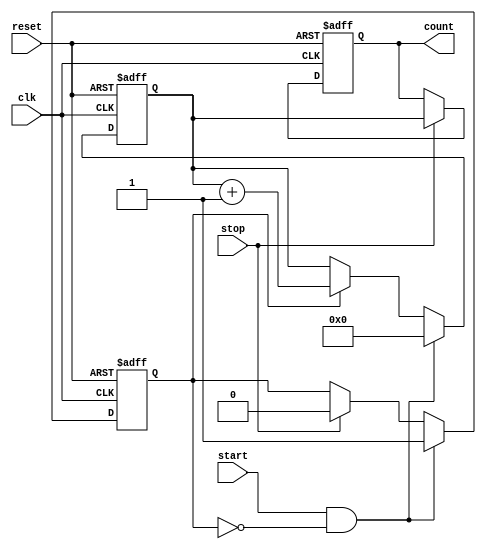
module TDC (
    input wire clk,            // System clock
    input wire reset,          // Reset signal
    input wire start,          // Start signal
    input wire stop,           // Stop signal
    output reg [N-1:0] count   // Output count representing time interval
);

parameter N = 8;              // Number of delay stages (adjust for resolution)
parameter DELAY_TIME = 1;    // Delay time per stage (in clock cycles)

// Delay line registers
reg [N-1:0] delay_line;
reg [N-1:0] sampled_state;
reg measuring;               // Flag to indicate if measuring is active

// Counter
reg [N-1:0] counter;

// Delay line generation
always @(posedge clk or posedge reset) begin
    if (reset) begin
        delay_line <= 0;
        counter <= 0;
        measuring <= 0;
        count <= 0;
    end else begin
        // Shift the delay line
        delay_line <= {start, delay_line[N-1:1]}; // Shift in the start signal

        // If measuring, increment the counter
        if (measuring) begin
            counter <= counter + 1;
        end

        // Check for stop signal
        if (stop) begin
            sampled_state <= delay_line; // Sample the current state of the delay line
            count <= counter;             // Output the count
            measuring <= 0;               // Stop measuring
        end

        // Check for start signal
        if (start && !measuring) begin
            measuring <= 1;               // Start measuring
            counter <= 0;                 // Reset counter
        end
    end
end

endmodule